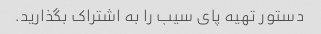
دستور تهیه پای سیب را به اشتراک بگذارید.